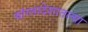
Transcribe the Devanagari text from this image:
बांग्लादेशातल्या